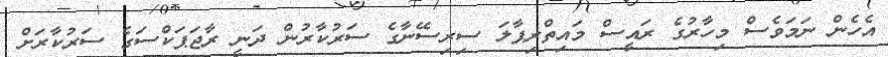
އެހެން ނަމަވެސް މިހާރުގެ ރައީސް މައިތްރިޕާލަ ސިރިސޭނާގެ ސަރުކާރުން ދަނީ ރާޖަޕަކްސަގެ ސަރުކާރަށް